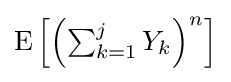
{\textstyle \operatorname {E} \left[{\left(\sum _{k=1}^{j}Y_{k}\right)}^{n}\right]}